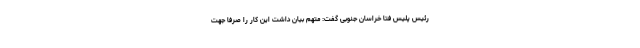
رئیس پلیس فتا خراسان جنوبی گفت: متهم بیان داشت این کار را صرفا جهت